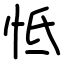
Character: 怟